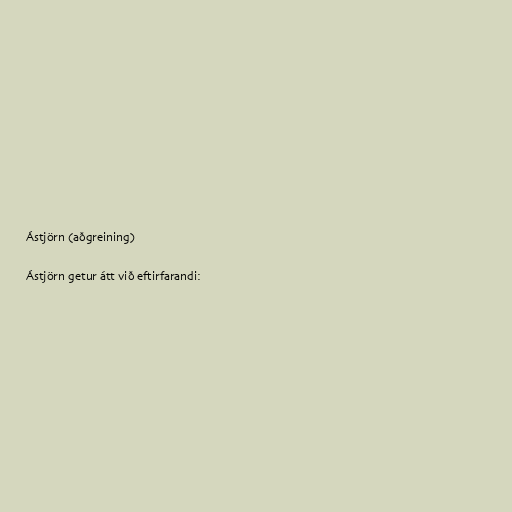
Ástjörn (aðgreining)

Ástjörn getur átt við eftirfarandi: